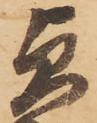
貞